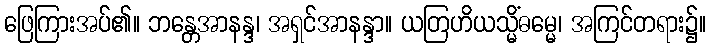
ဖြေကြားအပ်၏။ ဘန္တေအာနန္ဒ၊ အရှင်အာနန္ဒာ။ ယတြဟိယသ္မိံဓမ္မေ၊ အကြင်တရား၌။